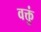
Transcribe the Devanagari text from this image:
वक्तुं